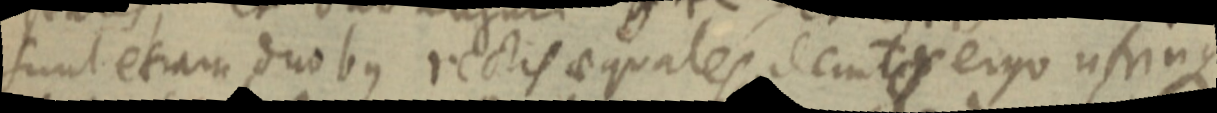
sunt etiam duobus rectis aequales demt _ ergo utrinque